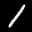
Label: 1